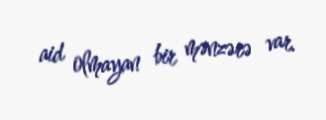
aid olmayan bir mənzərə var.